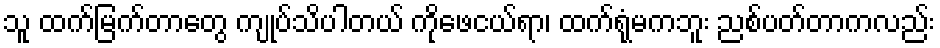
သူ ထက်မြက်တာတွေ ကျုပ်သိပါတယ် ကိုဖေငယ်ရာ၊ ထက်ရုံမကဘူး ညစ်ပတ်တာကလည်း